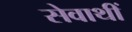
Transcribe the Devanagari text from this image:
सेवाथीं